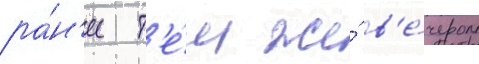
ра́н'ее т'е́м же́ в'е́чером